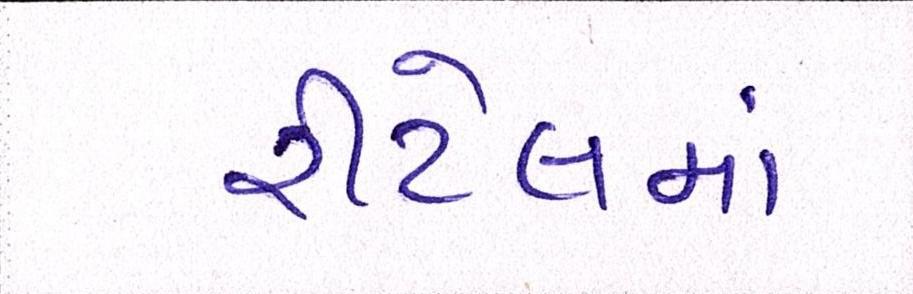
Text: રીટેલમાં